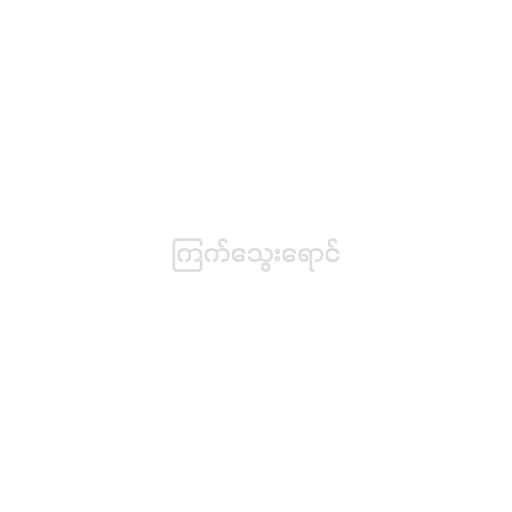
ကြက်သွေးရောင်